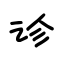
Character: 诊